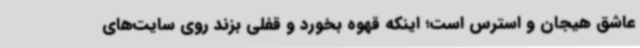
عاشق هیجان و استرس است؛ اینکه قهوه بخورد و قفلی بزند روی سایت‌های